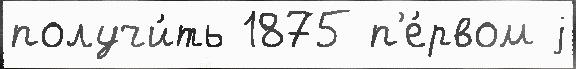
получи́ть 1875 п'е́рвом j